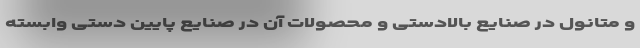
و متانول در صنایع بالادستی و محصولات آن در صنایع پایین دستی وابسته